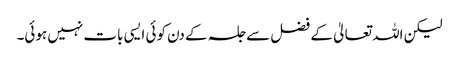
لیکن اللہ تعالیٰ کے فضل سے جلسہ کے دن کوئی ایسی بات نہیں ہوئی۔